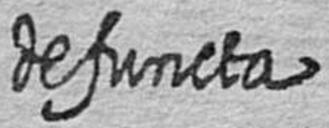
defuncta